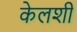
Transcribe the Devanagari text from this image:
केलशी